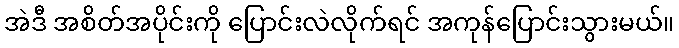
အဲဒီ အစိတ်အပိုင်းကို ပြောင်းလဲလိုက်ရင် အကုန်ပြောင်းသွားမယ်။